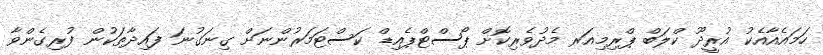
ހަމައެއާއެކު އުރީދޫ ކްލަބް ޕްރިމިއަރ މެދުވެރިކޮށް ޕޯސްޓްޕެއިޑް ކަސްޓަމަރުންނަށް ގިނަގުނަ ފައިދާތަކުން ފުރިގެންވާ